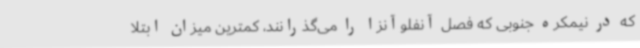
که در نیمکره جنوبی که فصل آنفلوآنزا را می‌گذرانند، کمترین میزان ابتلا